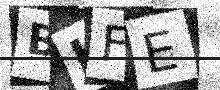
Text: BKFE